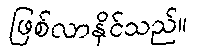
ဖြစ်လာနိုင်သည်။